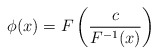
\begin{align*}\phi(x)=F\left(\frac{c}{F^{-1}(x)}\right)\end{align*}